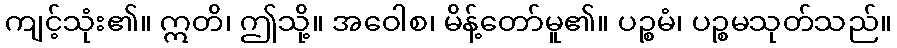
ကျင့်သုံး၏။ ဣတိ၊ ဤသို့။ အဝေါစ၊ မိန့်တော်မူ၏။ ပဉ္စမံ၊ ပဉ္စမသုတ်သည်။